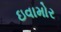
ઇવામોર